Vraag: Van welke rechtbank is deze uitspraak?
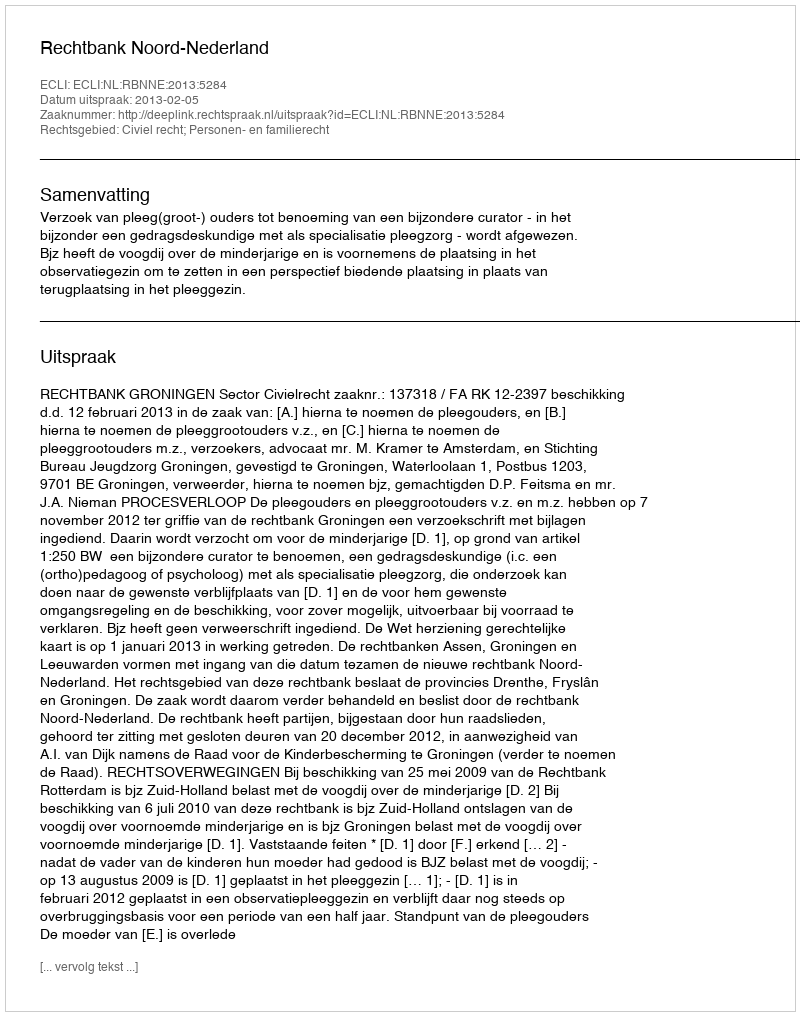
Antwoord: Rechtbank Noord-Nederland